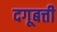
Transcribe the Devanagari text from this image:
दगूबत्ती